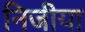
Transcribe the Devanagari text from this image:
निजीया